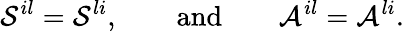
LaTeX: {\cal S}^{il}={\cal S}^{li},\qquad\mathrm{and}\qquad{\cal A}^{il}={\cal A}^{li}.